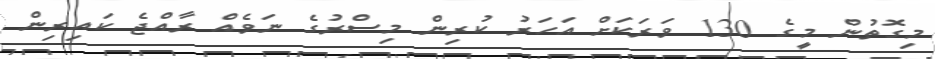
މިގޮތުން މީގެ 130 ވަރަކަށް އަހަރު ކުރިން މިސްރުގެ ނަވެއް ރާއްޖެ ކައިރިން